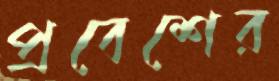
প্রবেশের